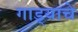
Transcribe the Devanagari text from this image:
गाड्याचे